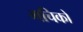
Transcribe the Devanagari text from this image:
मचिको